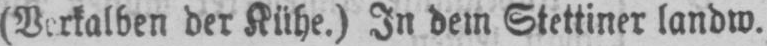
der Kühe.) In dem Stettiner landw.